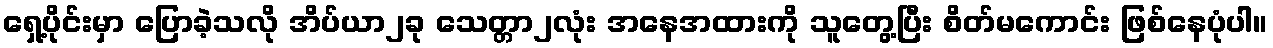
ရှေ့ပိုင်းမှာ ပြောခဲ့သလို အိပ်ယာ၂ခု သေတ္တာ၂လုံး အနေအထားကို သူတွေ့ပြီး စိတ်မကောင်း ဖြစ်နေပုံပါ။